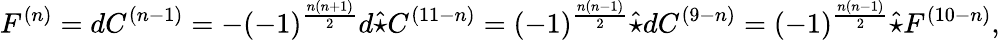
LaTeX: F^{(n)}=dC^{(n-1)}=-(-1)^{\frac{n(n+1)}{2}}d\hat{\star}C^{(11-n)}=(-1)^{\frac{n(n-1)}{2}}\hat{\star}dC^{(9-n)}=(-1)^{\frac{n(n-1)}{2}}\hat{\star}F^{(10-n)},